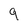
Character: 9